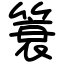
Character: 簑